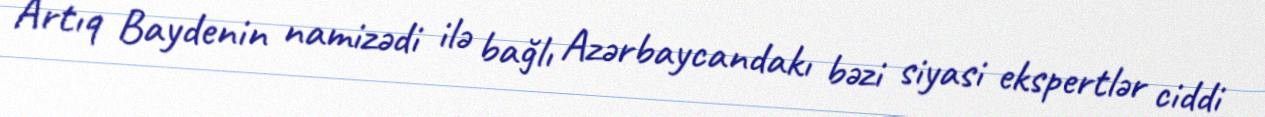
Artıq Baydenin namizədi ilə bağlı Azərbaycandakı bəzi siyasi ekspertlər ciddi